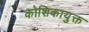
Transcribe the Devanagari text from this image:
कोशिकायुक्त